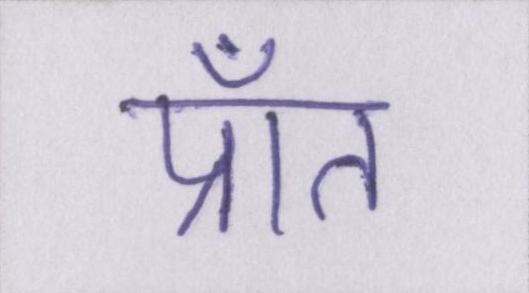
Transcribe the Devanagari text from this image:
प्राँत